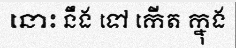
នោះ នឹង ទៅ កើត ក្នុង